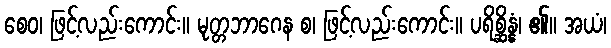
စေဝ၊ ဖြင့်လည်းကောင်း။ မုတ္တဘာဂေန စ၊ ဖြင့်လည်းကောင်း။ ပရိစ္ဆိန္နံ၊ ၏။ အယံ၊